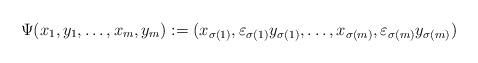
LaTeX: \begin{align*}\Psi(x_1,y_1,\ldots,x_m,y_m):=(x_{\sigma(1)},\varepsilon_{\sigma(1)}y_{\sigma(1)},\ldots,x_{\sigma(m)},\varepsilon_{\sigma(m)}y_{\sigma(m)})\end{align*}